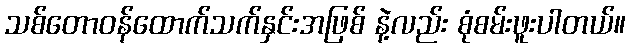
သစ်တောဝန်ထောက်သက်နှင်းအဖြစ် နဲ့လည်း စုံစမ်းဖူးပါတယ်။